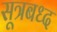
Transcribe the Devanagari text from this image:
सूत्रबध्द